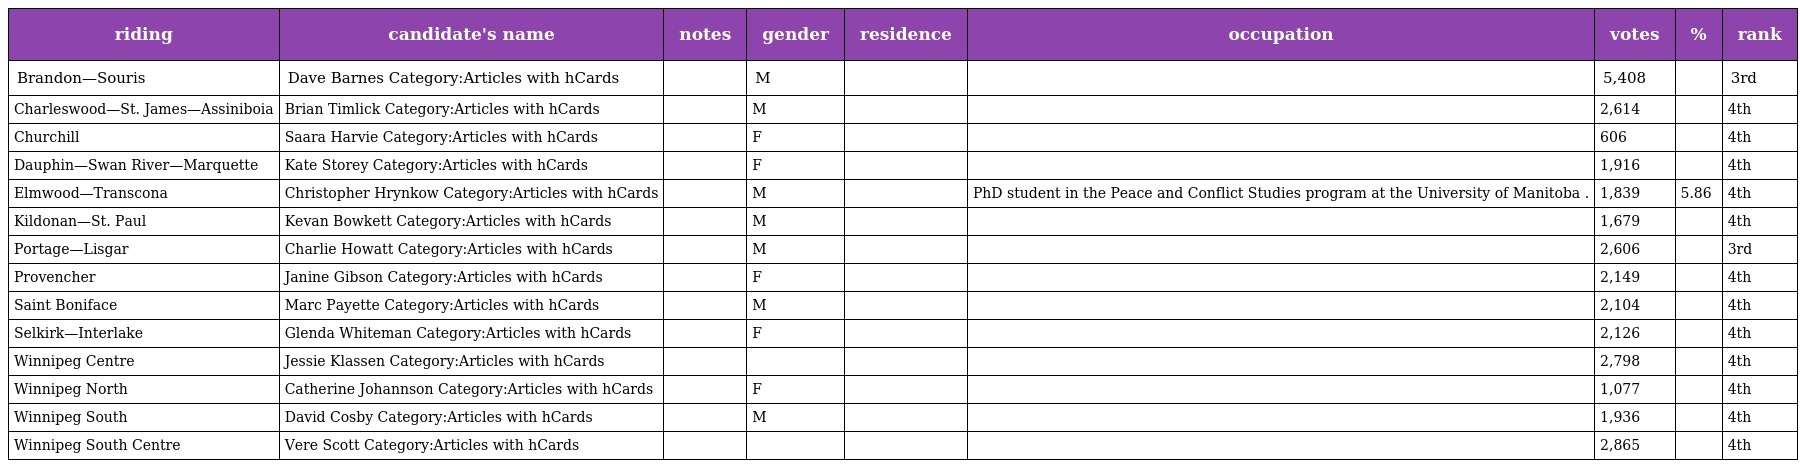
| riding | candidate's name | notes | gender | residence | occupation | votes | % | rank |
 | --- | --- | --- | --- | --- | --- | --- | --- | --- |
 | Brandon—Souris | Dave Barnes Category:Articles with hCards |  | M |  |  | 5,408 |  | 3rd |
 | Charleswood—St. James—Assiniboia | Brian Timlick Category:Articles with hCards |  | M |  |  | 2,614 |  | 4th |
 | Churchill | Saara Harvie Category:Articles with hCards |  | F |  |  | 606 |  | 4th |
 | Dauphin—Swan River—Marquette | Kate Storey Category:Articles with hCards |  | F |  |  | 1,916 |  | 4th |
 | Elmwood—Transcona | Christopher Hrynkow Category:Articles with hCards |  | M |  | PhD student in the Peace and Conflict Studies program at the University of Manitoba . | 1,839 | 5.86 | 4th |
 | Kildonan—St. Paul | Kevan Bowkett Category:Articles with hCards |  | M |  |  | 1,679 |  | 4th |
 | Portage—Lisgar | Charlie Howatt Category:Articles with hCards |  | M |  |  | 2,606 |  | 3rd |
 | Provencher | Janine Gibson Category:Articles with hCards |  | F |  |  | 2,149 |  | 4th |
 | Saint Boniface | Marc Payette Category:Articles with hCards |  | M |  |  | 2,104 |  | 4th |
 | Selkirk—Interlake | Glenda Whiteman Category:Articles with hCards |  | F |  |  | 2,126 |  | 4th |
 | Winnipeg Centre | Jessie Klassen Category:Articles with hCards |  |  |  |  | 2,798 |  | 4th |
 | Winnipeg North | Catherine Johannson Category:Articles with hCards |  | F |  |  | 1,077 |  | 4th |
 | Winnipeg South | David Cosby Category:Articles with hCards |  | M |  |  | 1,936 |  | 4th |
 | Winnipeg South Centre | Vere Scott Category:Articles with hCards |  |  |  |  | 2,865 |  | 4th |